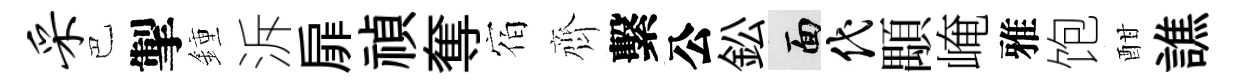
采巴掣鍾泝扉禎奪宿齊繫公鈆面代顒崦雅饱酣譙